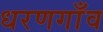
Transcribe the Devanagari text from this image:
धरणगाँव